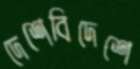
দেশেবিদেশে